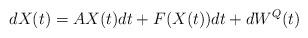
LaTeX: \begin{align*}dX(t)=AX(t)dt+F(X(t))dt+dW^Q(t)\end{align*}